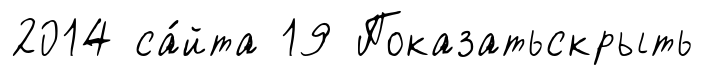
2014 са́йта 19 Показатьскрыть